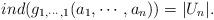
LaTeX: \begin{align*} ind(g_{1,\cdots, 1}(a_1,\cdots,a_n))=|U_n|.\end{align*}